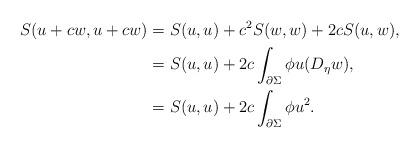
LaTeX: \begin{align*}S(u+cw,u+cw)&= S(u,u)+c^2 S(w,w)+2cS(u,w),\\&=S(u,u)+2c\int_{\partial \Sigma}\phi u(D_\eta w),\\&=S(u,u)+2c\int_{\partial \Sigma}\phi u^2.\end{align*}